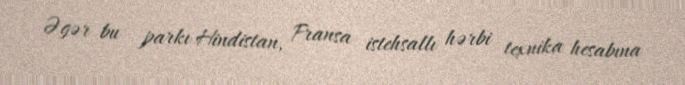
Əgər bu parkı Hindistan, Fransa istehsallı hərbi texnika hesabına